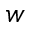
w